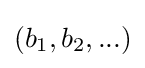
(b_{1},b_{2},...)